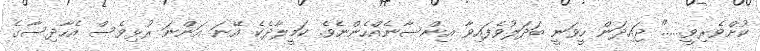
ކުށްވެރިވީ......" ޖައިދަން ހީވަނީ ބަދަލުވެފައިވާ އިންސާނެއްހެންނެވެ. ކަމީލާދެކެ އޭނަ އަންނަ ރުޅިވެސް އެހާދިސާގެ